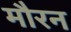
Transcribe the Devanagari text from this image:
मौरन